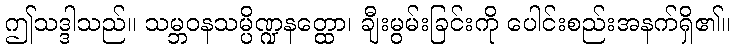
ဤသဒ္ဒါသည်။ သမ္ဘဝနသမ္ပိဏ္ဍနတ္ထော၊ ချီးမွမ်းခြင်းကို ပေါင်းစည်းအနက်ရှိ၏။